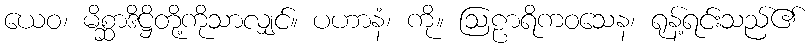
ယေဝ၊ မိစ္ဆာဒိဋ္ဌိတို့ကိုသာလျှင်။ ပဟာနံ၊ ကို။ ဩဠာရိကဝသေန၊ ရုန့်ရင်းသည်၏